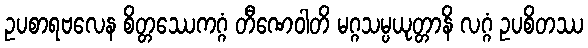
ဥပစာရဗလေန စိတ္တဿေကဂ္ဂံ တီဏေဝါတိ မဂ္ဂသမ္ပယုတ္တာနိ လဂ္ဂံ ဥပစိတဿ